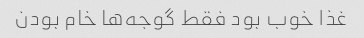
غذا خوب بود فقط گوجه‌ها خام بودن